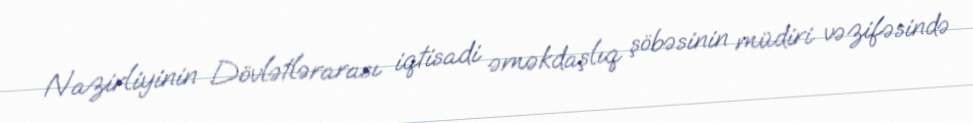
Nazirliyinin Dövlətlərarası iqtisadi əməkdaşlıq şöbəsinin müdiri vəzifəsində